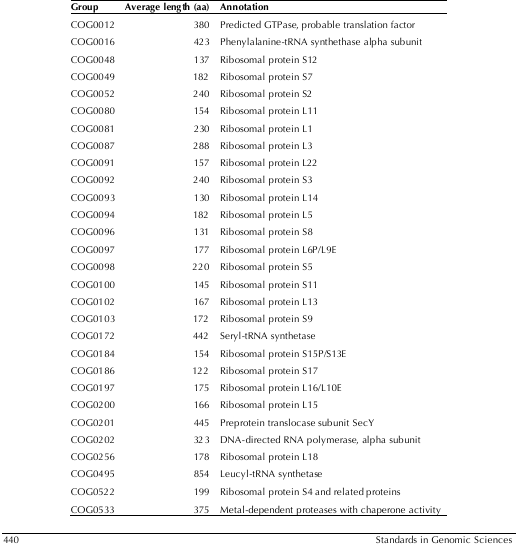
| Group | Average length (aa) | Annotation |
 | --- | --- | --- |
 | COG0012 | 380 | Predicted GTPase, probable translation factor |
 | COG0016 | 423 | Phenylalanine-tRNA synthethase alpha subunit |
 | COG0048 | 137 | Ribosomal protein S12 |
 | COG0049 | 182 | Ribosomal protein S7 |
 | COG0052 | 240 | Ribosomal protein S2 |
 | COG0080 | 154 | Ribosomal protein L11 |
 | COG0081 | 230 | Ribosomal protein L1 |
 | COG0087 | 288 | Ribosomal protein L3 |
 | COG0091 | 157 | Ribosomal protein L22 |
 | COG0092 | 240 | Ribosomal protein S3 |
 | COG0093 | 130 | Ribosomal protein L14 |
 | COG0094 | 182 | Ribosomal protein L5 |
 | COG0096 | 131 | Ribosomal protein S8 |
 | COG0097 | 177 | Ribosomal protein L6P/L9E |
 | COG0098 | 220 | Ribosomal protein S5 |
 | COG0100 | 145 | Ribosomal protein S11 |
 | COG0102 | 167 | Ribosomal protein L13 |
 | COG0103 | 172 | Ribosomal protein S9 |
 | COG0172 | 442 | Seryl-tRNA synthetase |
 | COG0184 | 154 | Ribosomal protein S15P/S13E |
 | COG0186 | 122 | Ribosomal protein S17 |
 | COG0197 | 175 | Ribosomal protein L16/L10E |
 | COG0200 | 166 | Ribosomal protein L15 |
 | COG0201 | 445 | Preprotein translocase subunit SecY |
 | COG0202 | 323 | DNA-directed RNA polymerase, alpha subunit |
 | COG0256 | 178 | Ribosomal protein L18 |
 | COG0495 | 854 | Leucyl-tRNA synthetase |
 | COG0522 | 199 | Ribosomal protein S4 and related proteins |
 | COG0533 | 375 | Metal-dependent proteases with chaperone activity |